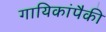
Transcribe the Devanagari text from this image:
गायिकांपैकी